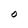
Character: O